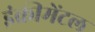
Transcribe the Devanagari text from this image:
इंक्रीमेंटल